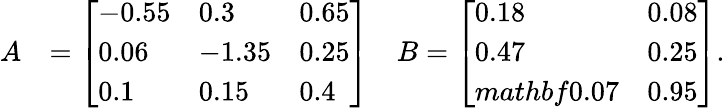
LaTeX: \begin{array}{rlr}{A}&{=\left[\begin{array}{lll}{-0.55}&{0.3}&{0.65}\\ {0.06}&{-1.35}&{0.25}\\ {0.1}&{0.15}&{0.4}\end{array}\right]}&{B=\left[\begin{array}{ll}{0.18}&{0.08}\\ {0.47}&{0.25}\\ {mathbf{0}.07}&{0.95}\end{array}\right].}\end{array}